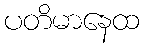
ပတိမာနေထ